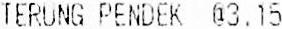
TERUNG PENDEK @3.15